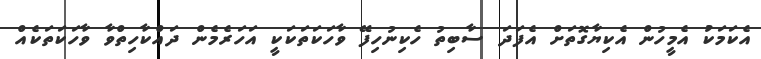
އެކަމަކު އެމީހުން އެކިޔާގޮތަށް އެފަދަ ސާބިތު ހެކިނުހިފޭ ވާހަކަތަކަކީ އަހަރެމެން ދައްކާހިތްވާ ވާހަކަތަކެއް